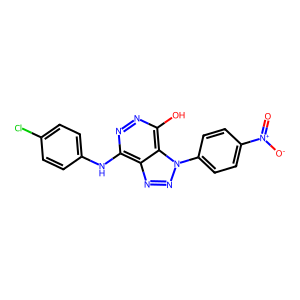
SMILES: O=[N+]([O-])c1ccc(-n2nnc3c(Nc4ccc(Cl)cc4)nnc(O)c32)cc1
Inhibits HIV replication: No